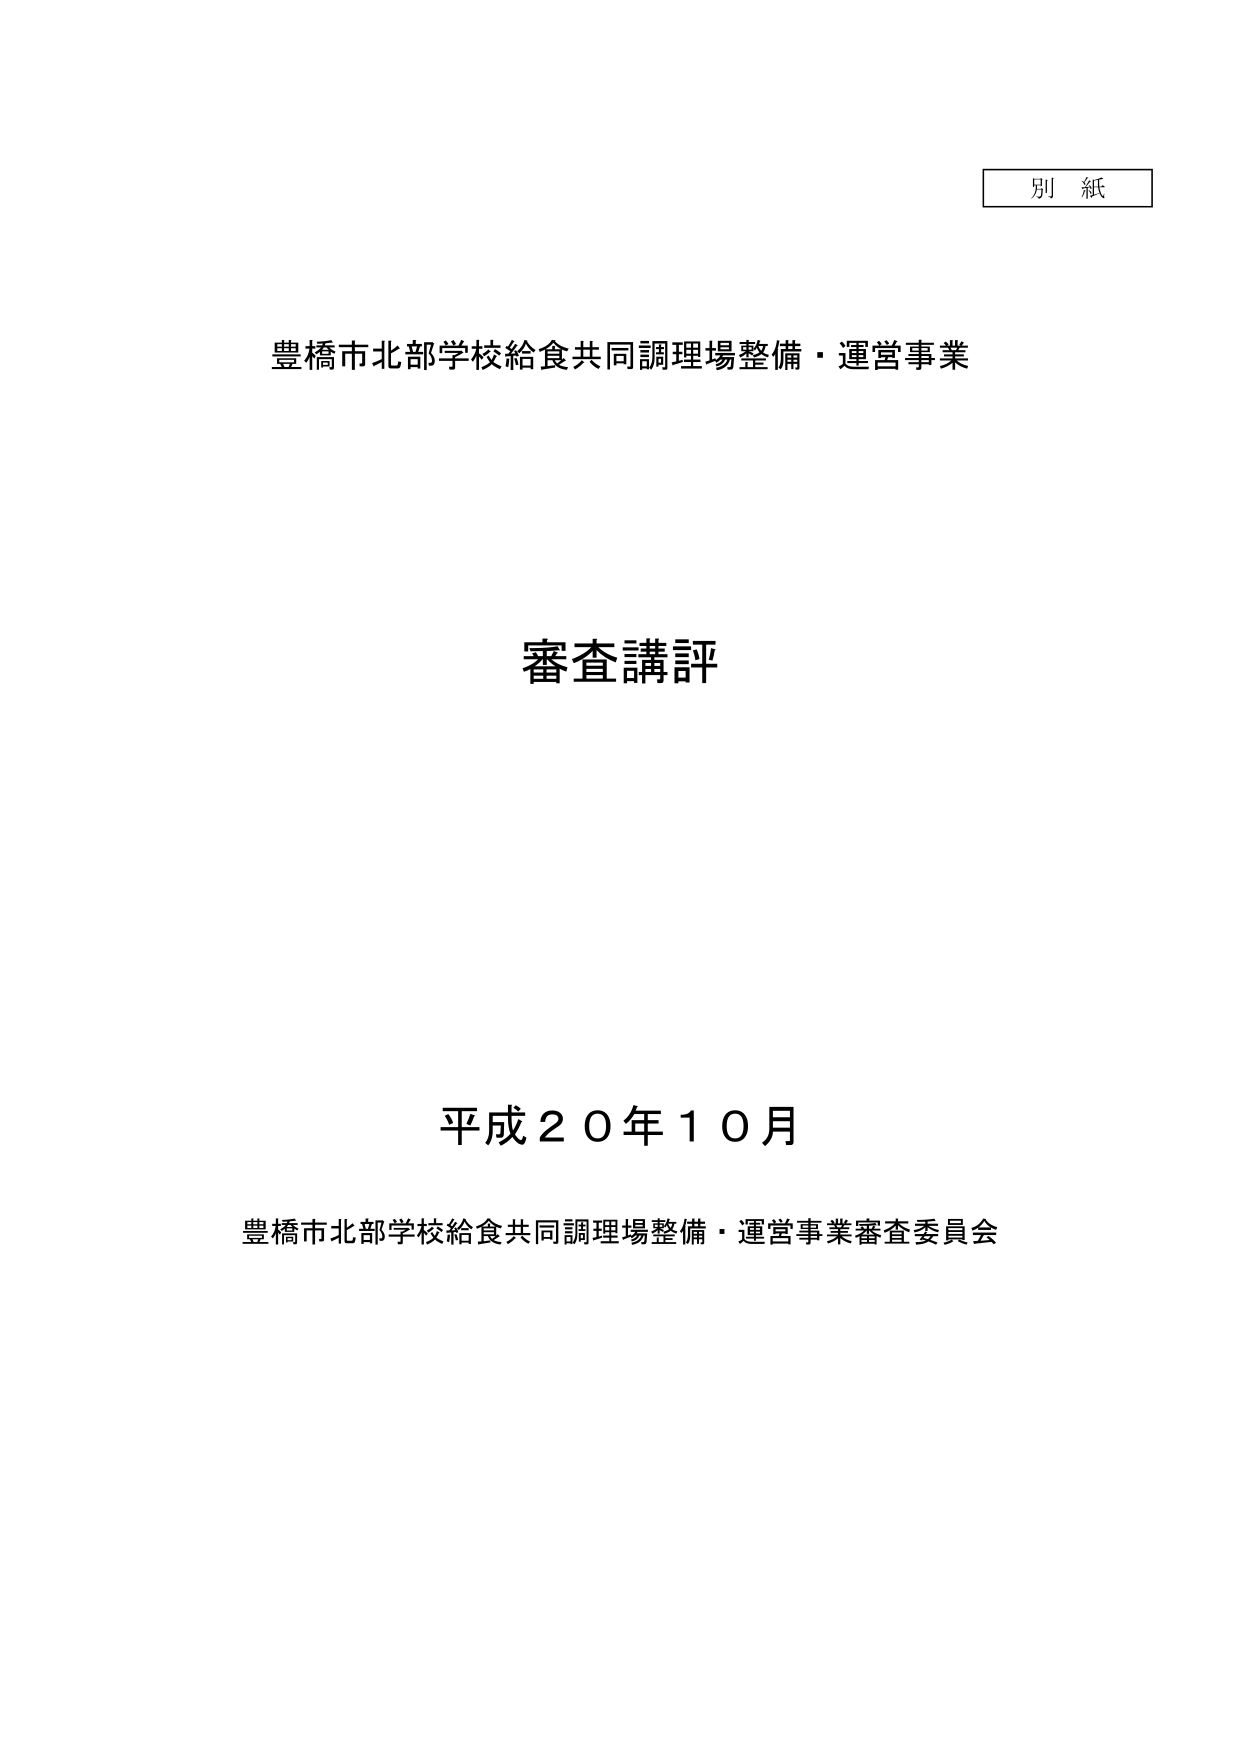
別 紙

豊橋市北部学校給食共同調理場整備・運営事業

審査講評

平成２０年１０月

豊橋市北部学校給食共同調理場整備・運営事業審査委員会